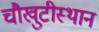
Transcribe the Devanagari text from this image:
चौखुटीस्थान